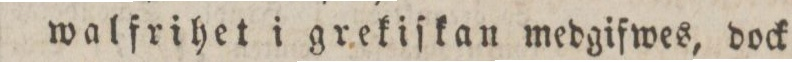
walfrihet i grekiſkan medgifwes, dock